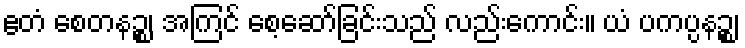
ဧတံ စေတနဉ္စ၊ အကြင် စေ့ဆော်ခြင်းသည် လည်းကောင်း။ ယံ ပကပ္ပနဉ္စ၊